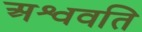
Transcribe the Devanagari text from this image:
अश्ववति